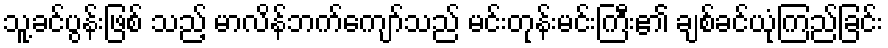
သူ့ခင်ပွန်းဖြစ် သည့် မာလိန်ဘက်ကျော်သည် မင်းတုန်းမင်းကြီး၏ ချစ်ခင်ယုံကြည်ခြင်း